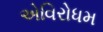
એવિરોધમ